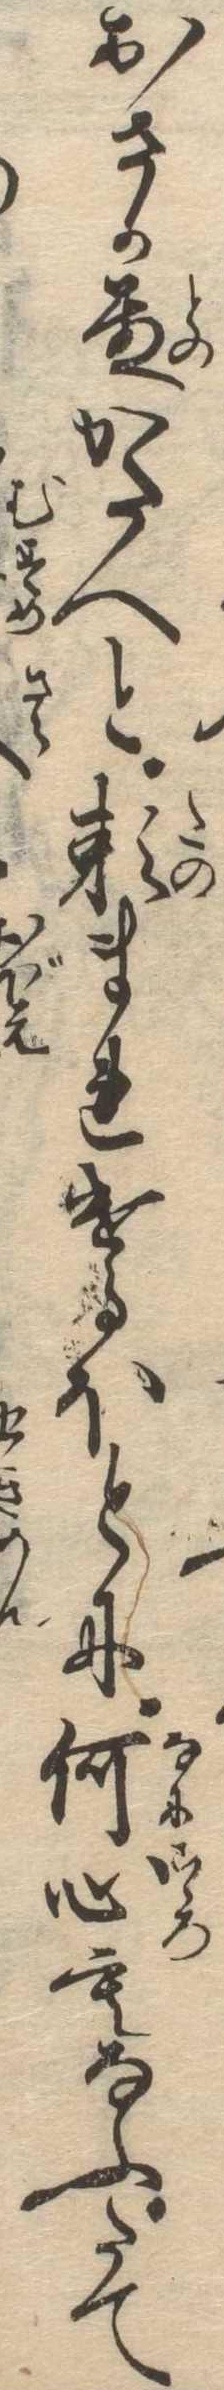
おさか殿かたへと頼まれけるほとに何心もなふたて